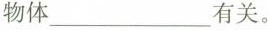
物体___有关。